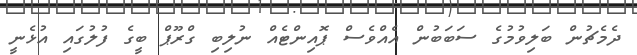
ދެމެޗުން ބަލިވުމުގެ ސަބަބުން އެއްވެސް ޕޮއިންޓެއް ނުލިބި ގްރޫޕް ބީގެ ފުލުގައި އުޅެނީ